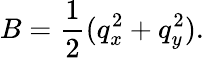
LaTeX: B=\frac 12(q_{x}^{2}+q_{y}^{2}).